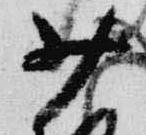
少